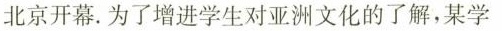
北京开幕。为了增进学生对亚洲文化的了解，某学